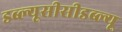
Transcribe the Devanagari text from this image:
डब्ल्यूसीसीडब्ल्यू